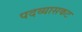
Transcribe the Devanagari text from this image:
पदव्यासकट